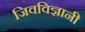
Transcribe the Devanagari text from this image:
जिवविज्ञानी